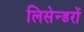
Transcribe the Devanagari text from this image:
लिसेन्डरों